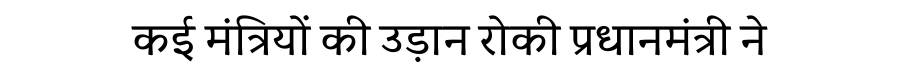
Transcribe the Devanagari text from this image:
कई मंत्रियों की उड़ान रोकी प्रधानमंत्री ने